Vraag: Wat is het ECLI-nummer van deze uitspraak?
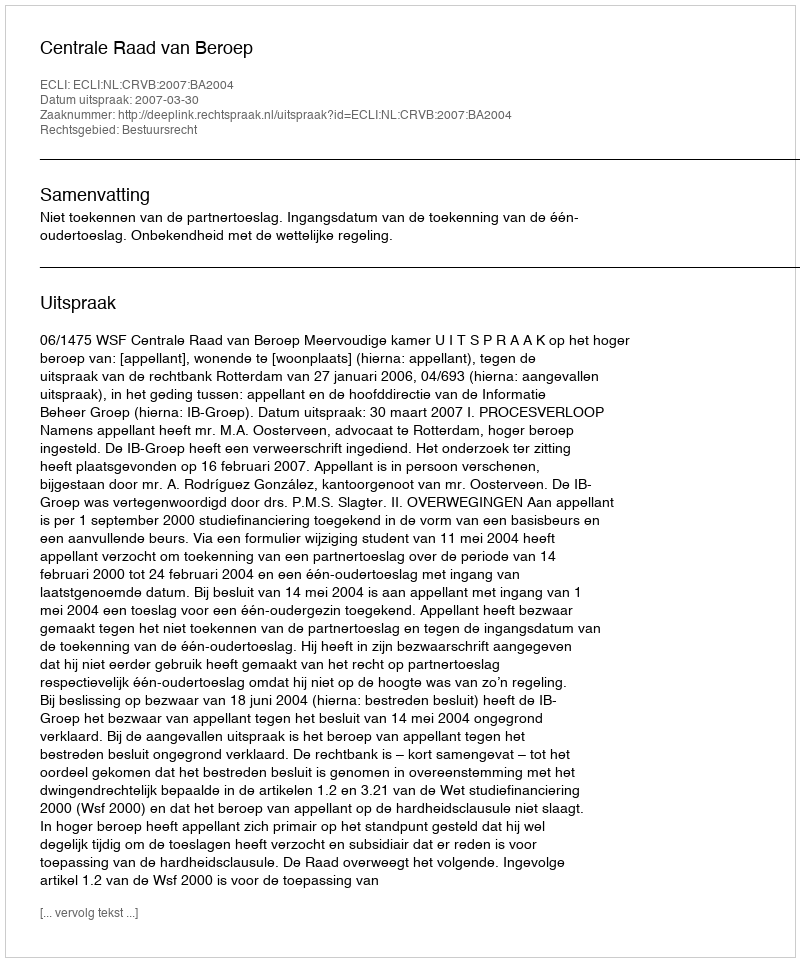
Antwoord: ECLI:NL:CRVB:2007:BA2004